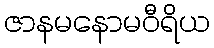
ဇာနမနောမဝီရိယ